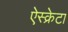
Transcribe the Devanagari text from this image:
ऐस्क्रेटा